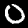
Label: 0